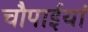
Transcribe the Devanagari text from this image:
चौपाईयां